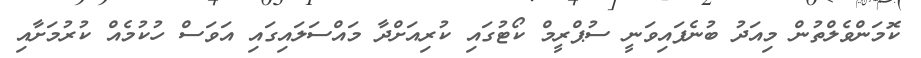
ކޮމަންވެލްތުން މިއަދު ބުނެފައިވަނީ ސުޕްރީމް ކޯޓުގައި ކުރިއަށްދާ މައްސަލައިގައި އަވަސް ހުކުމެއް ކުރުމަށާއި